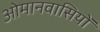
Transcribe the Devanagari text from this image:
ओमानवासियों